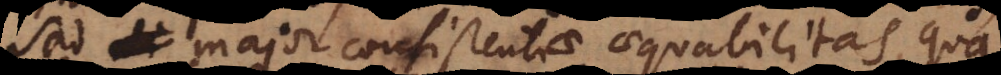
sed major consistentiae aequabilitas, qua